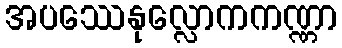
အပဿေနုလ္လောကကဏ္ဏာ